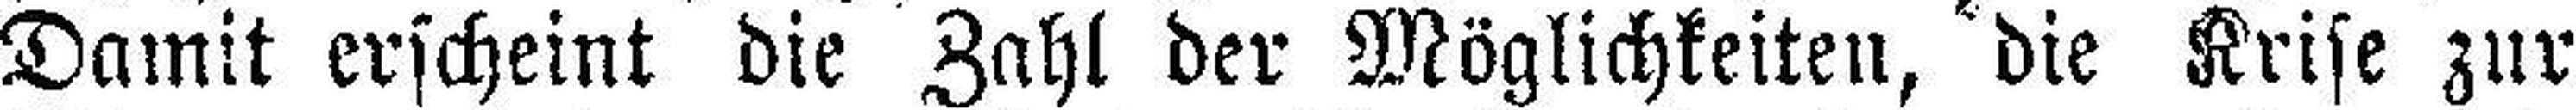
Damit erscheint die Zahl der Möglichkeiten, die Krise zur